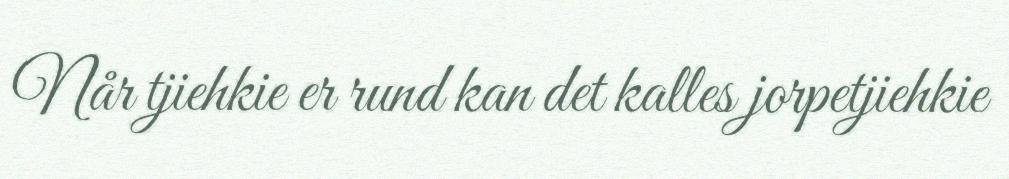
Når tjiehkie er rund kan det kalles jorpetjiehkie